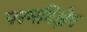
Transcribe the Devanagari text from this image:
परमविक्षेप